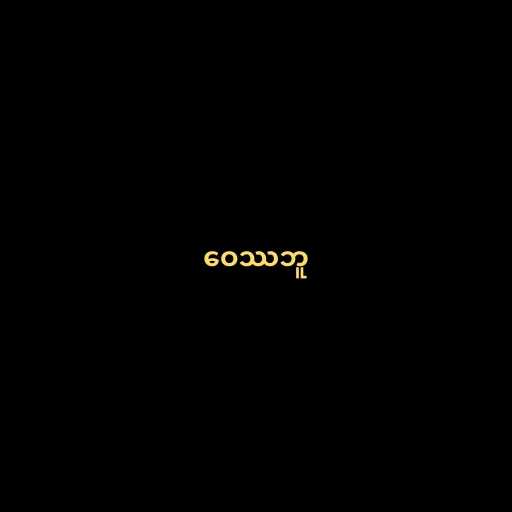
ဝေဿဘူ